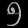
Digit: ၅